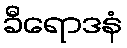
ခီရောဒနံ